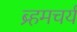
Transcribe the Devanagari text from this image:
ब्र्हमचर्य